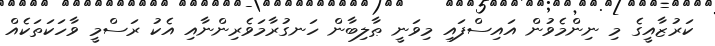
ކަރުޒާއީގެ މި ނިންމެވުން އައިސްފައި މިވަނީ ޠާލިބާން ހަނގުރާމަވެރިންނާއި އެކު ރަސްމީ ވާހަކަތަކެއް